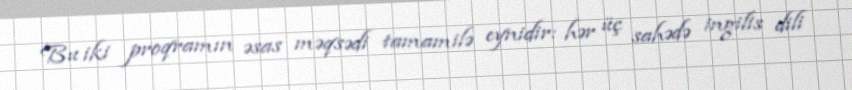
Bu iki proqramın əsas məqsədi tamamilə eynidir: hər üç sahədə ingilis dili